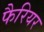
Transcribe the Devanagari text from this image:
फैरियर